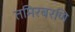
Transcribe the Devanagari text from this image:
तमिरबरणि